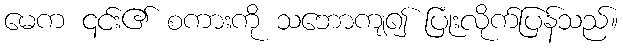
မေက ၎င်း၏ စကားကို သဘောကျ၍ ပြုံးလိုက်ပြန်သည်။